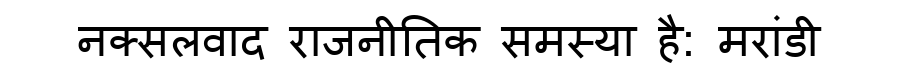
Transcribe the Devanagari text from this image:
नक्सलवाद राजनीतिक समस्या है: मरांडी